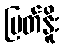
မြတ်နိူး